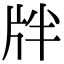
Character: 牉